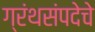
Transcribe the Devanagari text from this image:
ग्रंथसंपदेचे